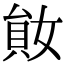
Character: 𡞩